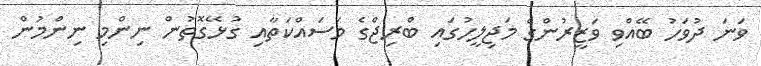
ވަނަ ދުވަހު ބޭއްވި ވަޒީރުންގެ މަޖިލީހުގައި ބްރިޖްގެ މަސައްކަތާއި ގުޅޭގޮތުން ނިންމި ނިންމުން